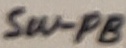
Text: SW-PB